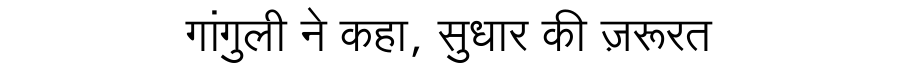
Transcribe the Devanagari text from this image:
गांगुली ने कहा, सुधार की ज़रूरत